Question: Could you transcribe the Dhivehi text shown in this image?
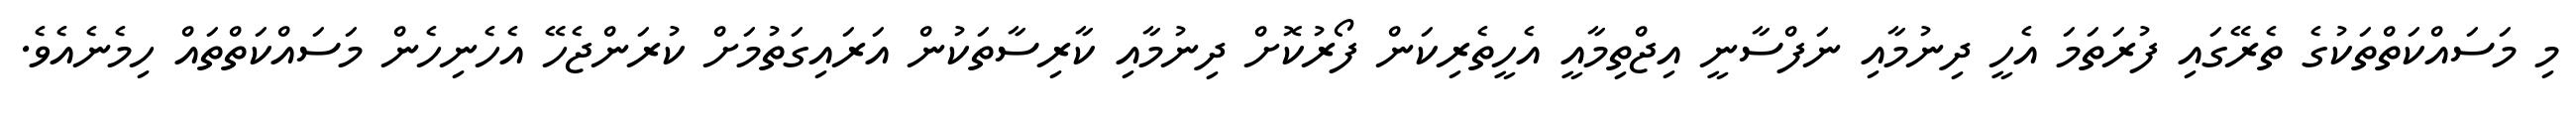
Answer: މި މަސައްކަތްތަކުގެ ތެރޭގައި ފުރަތަމަ އެހީ ދިނުމާއި ނަފްސާނީ އިޖްތިމާއީ އެހީތެރިކަން ފޯރުކޮށް ދިނުމާއި ކާރިސާތަކުން އަރައިގަތުމަށް ކުރަންޖެހޭ އެހެނިހެން މަސައްކަތްތައް ހިމެނެއެވެ.